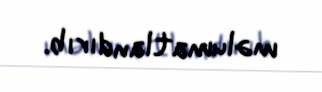
məlumatlandırıb.